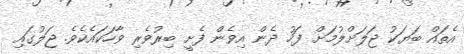
އެތައް ބަޔަކު ޖަލަށްލުމަށް ފަހު ދެން އިވެން ފެށީ ބިރުވެރި ވާހަކައެކެވެ. ޖަލުގައި